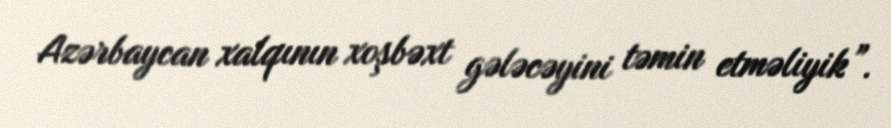
Azərbaycan xalqının xoşbəxt gələcəyini təmin etməliyik”.